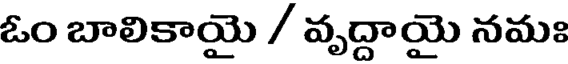
ఓం బాలికాయై / వృద్దాయై నమః